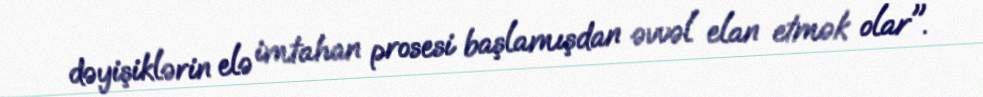
dəyişiklərin elə imtahan prosesi başlamışdan əvvəl elan etmək olar".